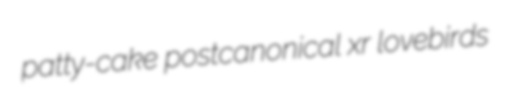
patty-cake postcanonical xr lovebirds